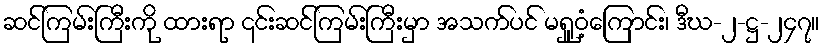
ဆင်ကြမ်းကြီးကို ထားရာ ၎င်းဆင်ကြမ်းကြီးမှာ အသက်ပင် မရှူဝံ့ကြောင်း၊ ဒီဃ-၂-ဋ္ဌ-၂၄၇။